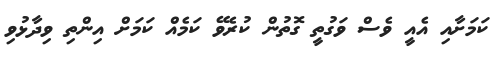
ކަމަށާއި އެއީ ވެސް ވަގުތީ ގޮތުން ކުރެވޭ ކަމެއް ކަމަށް އިންތި ވިދާޅުވި